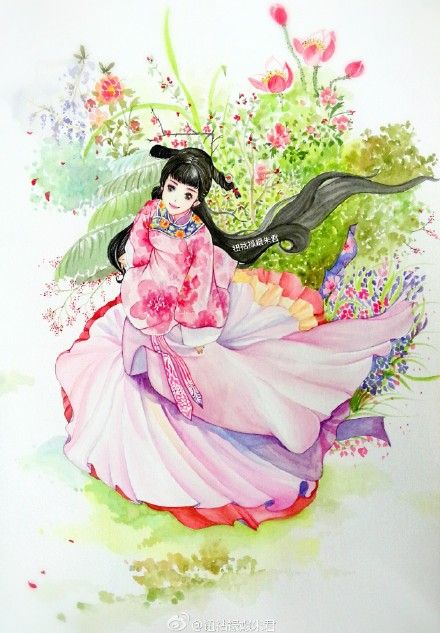
娉娉袅袅十三余，豆蔻梢头二月初。